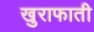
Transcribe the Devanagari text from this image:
खुराफाती